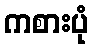
ကစားပုံ